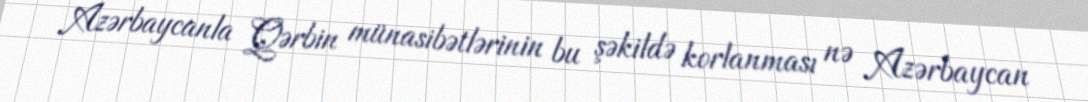
Azərbaycanla Qərbin münasibətlərinin bu şəkildə korlanması nə Azərbaycan